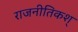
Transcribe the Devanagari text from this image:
राजनीतिकश्